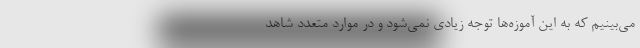
می‌بینیم که به این آموزه‌ها توجه زیادی نمی‌شود و در موارد متعدد شاهد